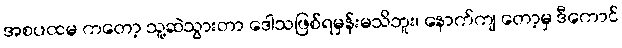
အစပထမ ကတော့ သူ့ဆဲသွားတာ ဒေါသဖြစ်ရမှန်းမသိဘူး၊ နောက်ကျ တော့မှ ဒီကောင်